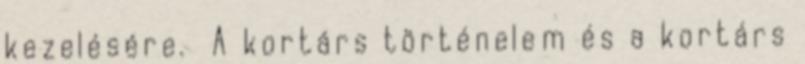
kezelésére. A kortárs történelem és a kortárs